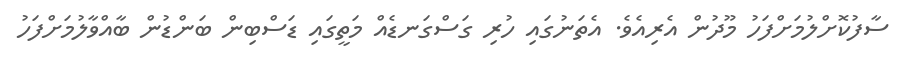
ސާފުކޮށްލުމަށްފަހު މޫދުން އެރިއެވެ. އެތަނުގައި ހުރި ގަސްގަނޑެއް މަތީގައި ޑަސްބިން ބަންޑުން ބާއްވާލުމަށްފަހު